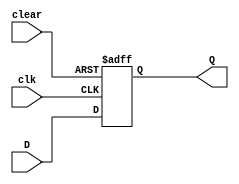
module dff_async_clear (
    input wire clk,
    input wire D,
    input wire clear,
    output reg Q
);

always @(posedge clk or posedge clear) begin
    if (clear) begin
        Q <= 1'b0; // Asynchronous clear
    end else begin
        Q <= D;
    end
end

endmodule